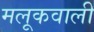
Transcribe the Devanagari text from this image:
मलूकवाली